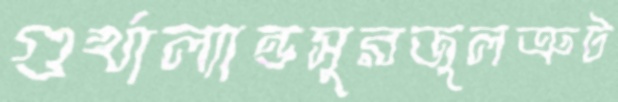
গুর্খাল্যান্ডসুরজুলত্রুট